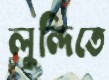
লুন্দিতে